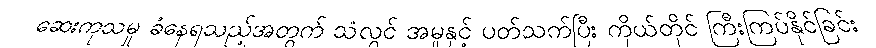
ဆေးကုသမှု ခံနေရသည့်အတွက် သံလွင် အမှုနှင့် ပတ်သက်ပြီး ကိုယ်တိုင် ကြီးကြပ်နိုင်ခြင်း